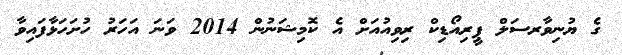
ގެ ޔުނިވާރސަލް ޕީރިއޯޑިކް ރިވިއުއަށް އެ ކޮމިޝަނުން 2014 ވަނަ އަހަރު ހުށަހަޅާފައިވާ